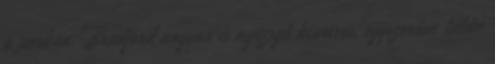
a parkon. Bradford nagyon is nyüzsgő kisváros, egyszerűen talán